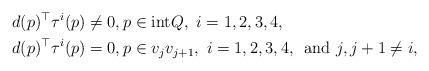
LaTeX: \begin{align*}d(p)^\top\tau^i(p) &\neq 0,p\in\textrm{int}Q,\,\,i=1,2,3,4, \\d(p)^\top\tau^i(p) &= 0,p\in v_jv_{j+1},\,\,i=1,2,3,4,\,\textrm{ and }j,j+1\neq i,\end{align*}